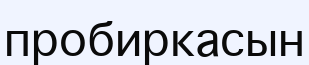
пробиркасын